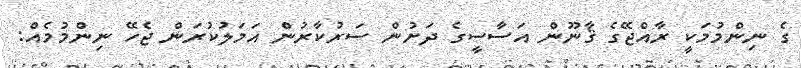
ގެ ނިންމުމަކީ ރާއްޖޭގެ ޤާނޫން އަސާސީގެ ދަށުން ސަރުކާރުން އަމަލުކުރަން ޖެހޭ ނިންމުމެއް: